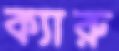
ক্যারু